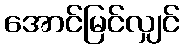
အောင်မြင်လျှင်